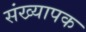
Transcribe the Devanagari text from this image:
संख्यापक